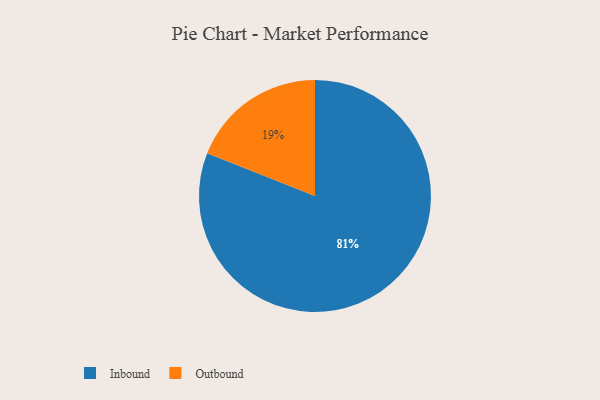
{"axis": {"x": "Category", "y": "Percentage"}, "legend": ["Inbound", "Outbound"], "data": [{"x": "Inbound", "y": 81, "type": "Inbound"}, {"x": "Outbound", "y": 19, "type": "Outbound"}]}